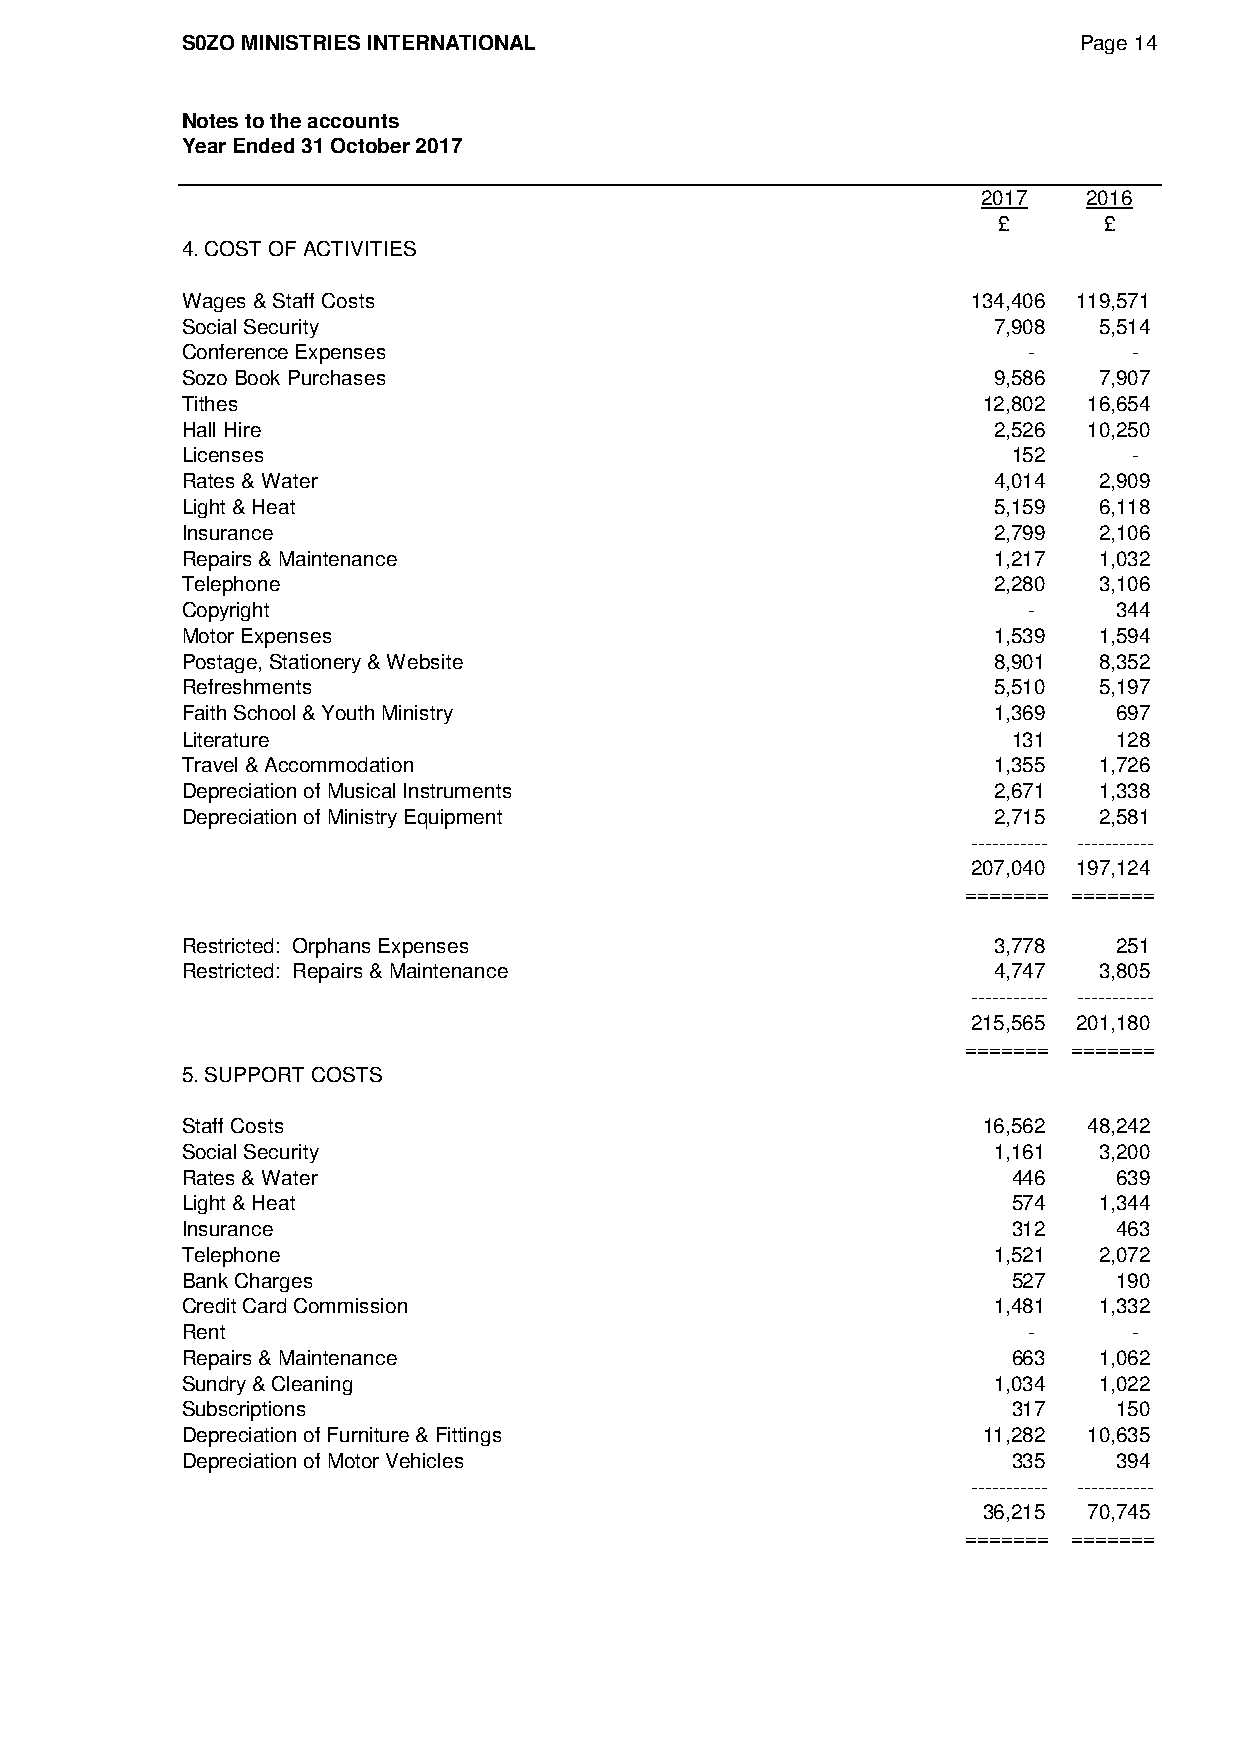
S0ZO MINISTRIES INTERNATIONAL                              Page 14
 Notes to the accounts
 Year Ended 31 October 2017
 2017   2016
 £      £
 4. COST OF ACTIVITIES
 Wages & Staff Costs                                 134,406 119,571
 Social Security                                       7,908  5,514
 Conference Expenses                                     -      -
 Sozo Book Purchases                                   9,586  7,907
 Tithes                                               12,802 16,654
 Hall Hire                                             2,526 10,250
 Licenses                                               152     -
 Rates & Water                                         4,014  2,909
 Light & Heat                                          5,159  6,118
 Insurance                                             2,799  2,106
 Repairs & Maintenance                                 1,217  1,032
 Telephone                                             2,280  3,106
 Copyright                                               -     344
 Motor Expenses                                        1,539  1,594
 Postage, Stationery & Website                         8,901  8,352
 Refreshments                                          5,510  5,197
 Faith School & Youth Ministry                         1,369   697
 Literature                                             131    128
 Travel & Accommodation                                1,355  1,726
 Depreciation of Musical Instruments                   2,671  1,338
 Depreciation of Ministry Equipment                    2,715  2,581
 ----------- -----------
 207,040 197,124
 ======= =======
 Restricted: Orphans Expenses                          3,778   251
 Restricted: Repairs & Maintenance                     4,747  3,805
 ----------- -----------
 215,565 201,180
 ======= =======
 5. SUPPORT COSTS
 Staff Costs                                          16,562 48,242
 Social Security                                       1,161  3,200
 Rates & Water                                          446    639
 Light & Heat                                           574   1,344
 Insurance                                              312    463
 Telephone                                             1,521  2,072
 Bank Charges                                           527    190
 Credit Card Commission                                1,481  1,332
 Rent                                                    -      -
 Repairs & Maintenance                                  663   1,062
 Sundry & Cleaning                                     1,034  1,022
 Subscriptions                                          317    150
 Depreciation of Furniture & Fittings                 11,282 10,635
 Depreciation of Motor Vehicles                         335    394
 ----------- -----------
 36,215 70,745
 ======= =======